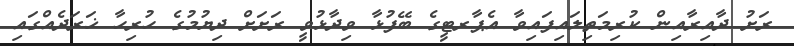
ރަށު ދާއިރާއިން ކުރިމަތިލައިފައިވާ އެޕާރޓީގެ ބޭފުޅާ ވިދާޅުވީ ރަށަށް ދިޔުމުގެ ހުރިހާ ޚަރަދެއްގައި